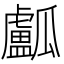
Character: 𤬛